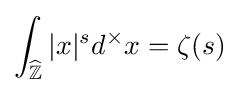
\int _{\widehat {\mathbb {Z} }}|x|^{s}d^{\times }x=\zeta (s)